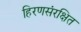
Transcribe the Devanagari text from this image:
हिरणसंरक्षित